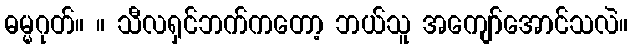
ဓမ္မဂုတ်။ ။ သီလရှင်ဘက်ကတော့ ဘယ်သူ အကျော်အောင်သလဲ။